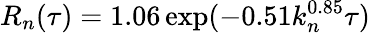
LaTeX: R_{n}(\tau)=1.06\exp(-0.51k_{n}^{0.85}\tau)